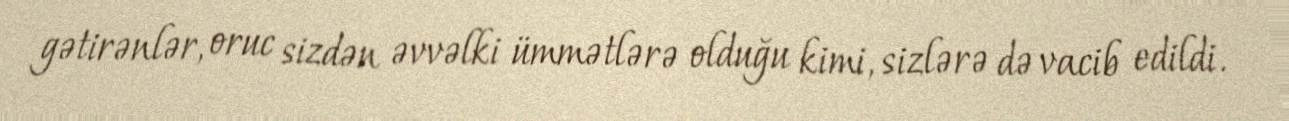
gətirənlər, oruc sizdən əvvəlki ümmətlərə olduğu kimi, sizlərə də vacib edildi.